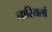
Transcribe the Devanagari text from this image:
नारियलों